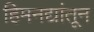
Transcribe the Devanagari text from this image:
हिमनद्यांतून